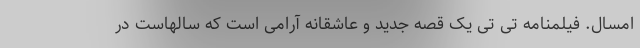
امسال. فیلمنامه تی تی یک قصه جدید و عاشقانه آرامی است که سالهاست در